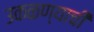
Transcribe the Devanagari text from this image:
उकळण्याची